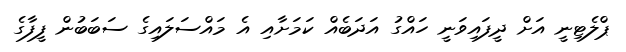
ޕްލެޓިނީ އަށް ދީފައިވަނީ ހައްގު އަދަބެއް ކަމަށާއި އެ މައްސަލައިގެ ސަބަބުން ފީފާގެ